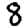
Digit: 8